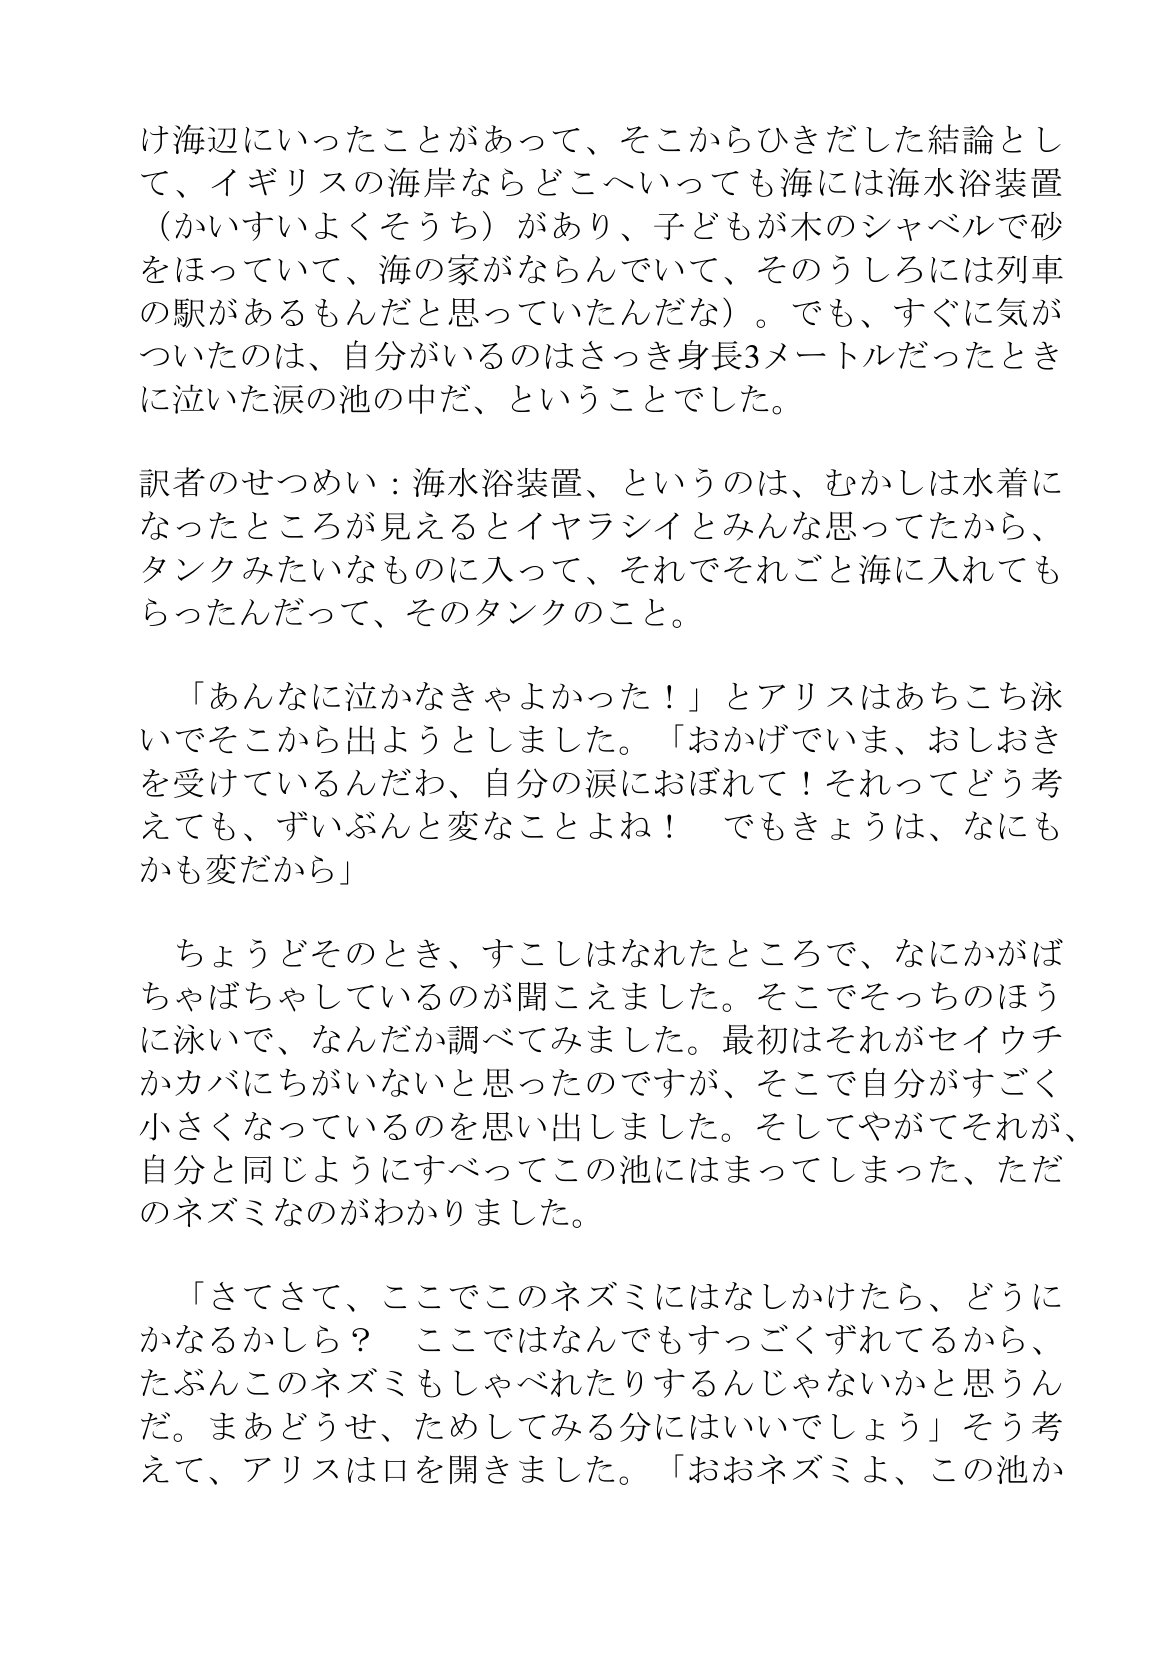
Language: ja